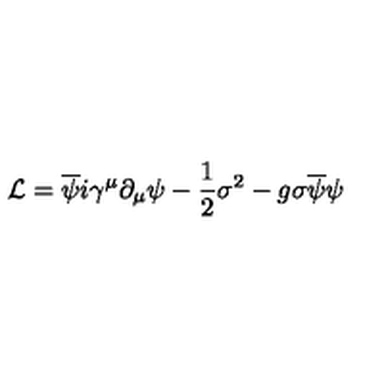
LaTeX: { \cal L } = \overline { { \psi } } i \gamma ^ { \mu } \partial _ { \mu } \psi - \frac { 1 } { 2 } { \sigma } ^ { 2 } - g \sigma \overline { { \psi } } \psi